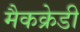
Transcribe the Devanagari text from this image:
मैकक्रेडी